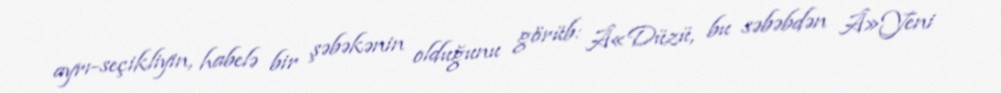
ayrı-seçikliyin, habelə bir şəbəkənin olduğunu görüb: Â«Düzü, bu səbəbdən Â»Yeni